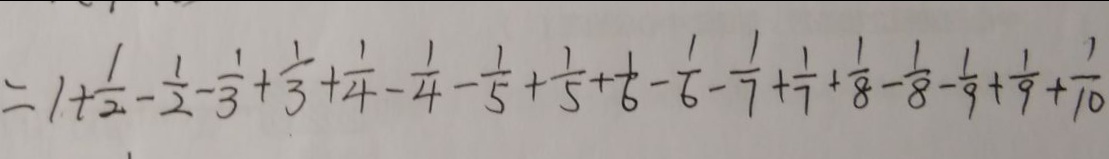
= 1 + \frac { 1 } { 2 } - \frac { 1 } { 2 } - \frac { 1 } { 3 } + \frac { 1 } { 3 } + \frac { 1 } { 4 } - \frac { 1 } { 4 } - \frac { 1 } { 5 } + \frac { 1 } { 5 } + \frac { 1 } { 6 } - \frac { 1 } { 6 } - \frac { 1 } { 7 } + \frac { 1 } { 7 } + \frac { 1 } { 8 } - \frac { 1 } { 8 } - \frac { 1 } { 9 } + \frac { 1 } { 9 } + \frac { 1 } { 1 0 }